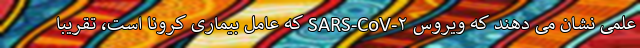
علمی نشان می دهند که ویروس SARS-CoV-۲ که عامل بیماری کرونا است، تقریبا